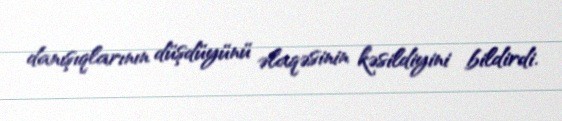
danışıqlarının düşdüyünü əlaqəsinin kəsildiyini bildirdi.